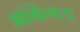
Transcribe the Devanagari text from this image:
आंबेगड